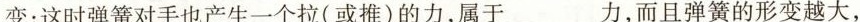
变；这时弹簧对手也产生一个拉(或推)的力，属于___力，而且弹簧的形变越大，